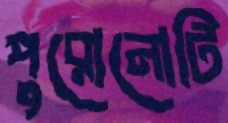
পুরোনোটি